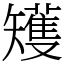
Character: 矱